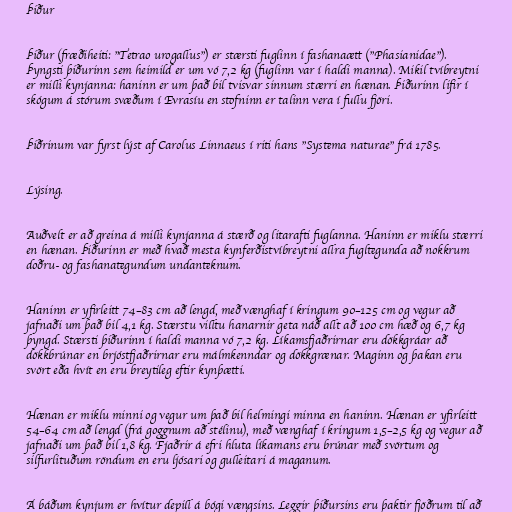
Þiður

Þiður (fræðiheiti: "Tetrao urogallus") er stærsti fuglinn í fashanaætt ("Phasianidae").
Þyngsti þiðurinn sem heimild er um vó 7,2 kg (fuglinn var í haldi manna). Mikil tvíbreytni
er milli kynjanna: haninn er um það bil tvisvar sinnum stærri en hænan. Þiðurinn lifir í
skógum á stórum svæðum í Evrasíu en stofninn er talinn vera í fullu fjöri.

Þiðrinum var fyrst lýst af Carolus Linnaeus í riti hans "Systema naturae" frá 1785.

Lýsing.

Auðvelt er að greina á milli kynjanna á stærð og litarafti fuglanna. Haninn er miklu stærri
en hænan. Þiðurinn er með hvað mesta kynferðistvíbreytni allra fugltegunda að nokkrum
doðru- og fashanategundum undanteknum.

Haninn er yfirleitt 74–83 cm að lengd, með vænghaf í kringum 90–125 cm og vegur að
jafnaði um það bil 4,1 kg. Stærstu villtu hanarnir geta náð allt að 100 cm hæð og 6,7 kg
þyngd. Stærsti þiðurinn í haldi manna vó 7,2 kg. Líkamsfjaðrirnar eru dökkgráar að
dökkbrúnar en brjóstfjaðrirnar eru málmkenndar og dökkgrænar. Maginn og þakan eru
svört eða hvít en eru breytileg eftir kynþætti.

Hænan er miklu minni og vegur um það bil helmingi minna en haninn. Hænan er yfirleitt
54–64 cm að lengd (frá goggnum að stélinu), með vænghaf í kringum 1,5–2,5 kg og vegur að
jafnaði um það bil 1,8 kg. Fjaðrir á efri hluta líkamans eru brúnar með svörtum og
silfurlituðum röndum en eru ljósari og gulleitari á maganum.

Á báðum kynjum er hvítur depill á bógi vængsins. Leggir þiðursins eru þaktir fjöðrum til að